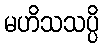
မဟိသသပ္ပိ